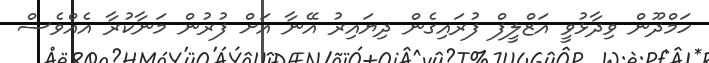
ހަމްދޫން ވިދާޅުވީ އަޒްލީފް ފުރައިގެން ދިޔައިރު އޭނާ އަށް ފުރުން މަނާކުރާ އެއްވެސް